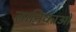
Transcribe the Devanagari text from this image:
तानिकाओं